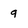
Character: 9